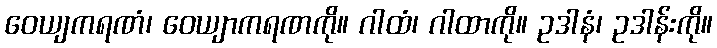
ဝေယျကရဏံ၊ ဝေယျာကရဏကို။ ဂါထံ၊ ဂါထာကို။ ဥဒါနံ၊ ဥဒါန်းကို။